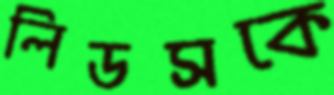
লিডসকে